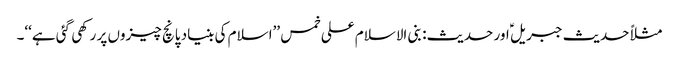
مثلاً حدیث جبریل ؑ اور حدیث: بنی الاسلام علی خمس ’’اسلام کی بنیاد پانچ چیزوں پر رکھی گئی ہے‘‘۔